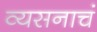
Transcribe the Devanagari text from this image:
व्यसनाचं